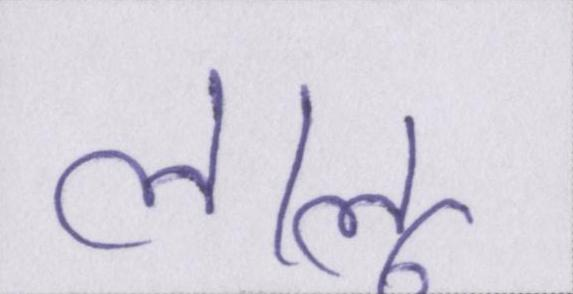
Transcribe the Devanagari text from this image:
लालू